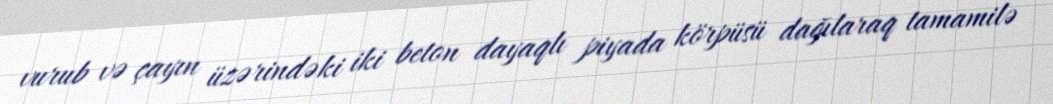
vurub və çayın üzərindəki iki beton dayaqlı piyada körpüsü dağılaraq tamamilə